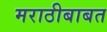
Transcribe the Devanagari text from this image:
मराठीबाबत